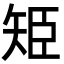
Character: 𮀁